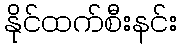
နိုင်ထက်စီးနင်း